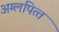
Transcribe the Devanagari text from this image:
अम्‍लपित्‍त